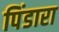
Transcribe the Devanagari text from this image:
पिंडारा